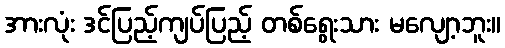
အားလုံး ဒင်ပြည့်ကျပ်ပြည့် တစ်ရွေးသား မလျော့ဘူး။